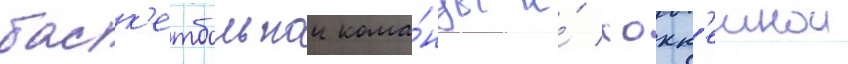
баск'етбольнои кома́нды и́ хокк'еинои